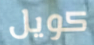
كويل